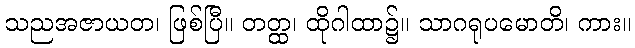
သညအဇာယတ၊ ဖြစ်ပြီ။ တတ္ထ၊ ထိုဂါထာ၌။ သာဂရုပမောတိ၊ ကား။